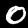
Digit: 0